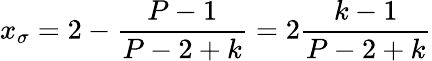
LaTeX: x_{\sigma}=2-\frac{P-1}{P-2+k}=2\frac{k-1}{P-2+k}